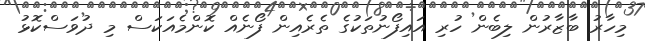
މިހާރު ބާޒާރުން ލިބެން ހުރި އައިފޯނުތަކުގެ ތެރެއިން ފޯނެއް ކޮންމެއަކަސް މި ދުވަސްކޮޅު